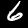
Label: 6